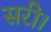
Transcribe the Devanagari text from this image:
सरी।